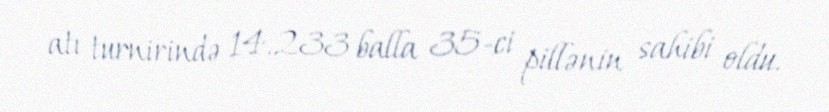
atı turnirində 14.233 balla 35-ci pillənin sahibi oldu.